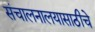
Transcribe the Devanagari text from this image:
संचालनालयासाठीचे